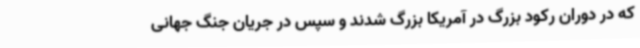
که در دوران رکود بزرگ در آمریکا بزرگ شدند و سپس در جریان جنگ جهانی